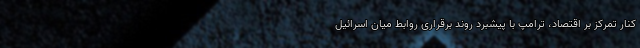
کنار تمرکز بر اقتصاد، ترامپ با پیشبرد روند برقراری روابط میان اسرائیل